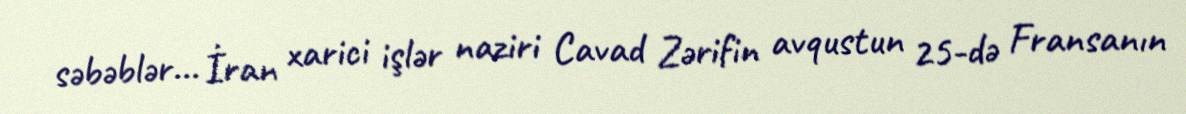
səbəblər... İran xarici işlər naziri Cavad Zərifin avqustun 25-də Fransanın